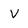
Character: V